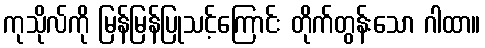
ကုသိုလ်ကို မြန်မြန်ပြုသင့်ကြောင်း တိုက်တွန်းသော ဂါထာ။